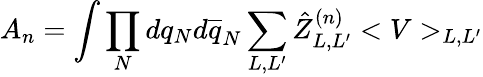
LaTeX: A_{n}=\int\prod_{N}dq_{N}d\overline{{q}}_{N}\sum_{L,L^{\prime}}\hat{Z}_{L,L^{\prime}}^{(n)}<V>_{L,L^{\prime}}